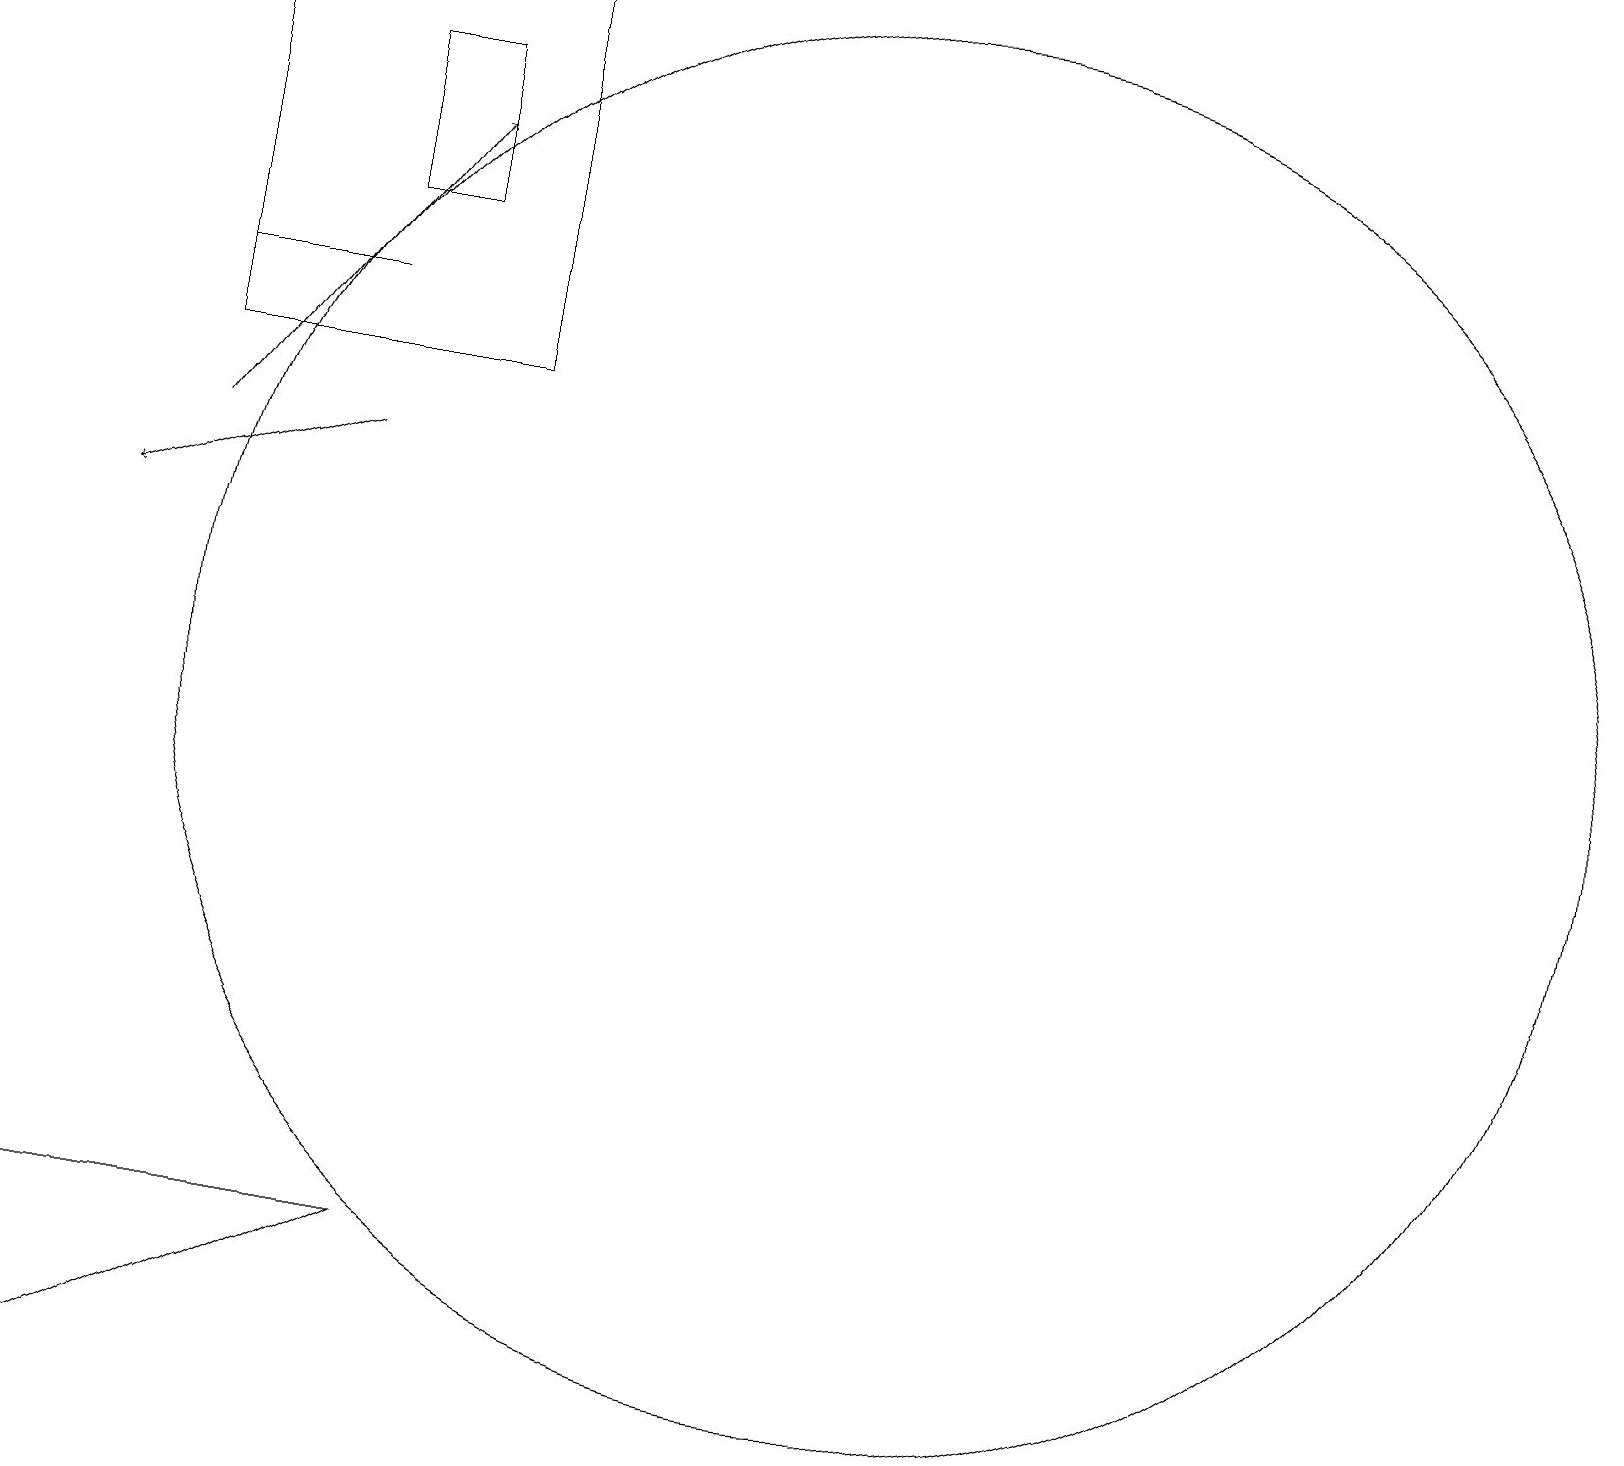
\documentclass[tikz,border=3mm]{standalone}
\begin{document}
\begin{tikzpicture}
\draw (12,10) circle (9);
\draw (6,18) rectangle (5,16);
\draw (5,15) rectangle (3,15);
\draw (11,11) circle (0);
\draw (3,14) rectangle (7,19);
\draw (6,3) -- (1,3) -- (2,1) -- cycle;
\draw[->] (3,13) -- (6,17);
\draw[->] (5,13) -- (2,12);
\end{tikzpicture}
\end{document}